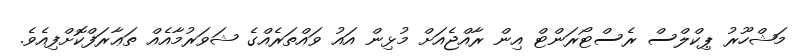
މަޝްހޫރު ޕިކްލްސް ރެސްޓޯރަންޓް އިން ރާއްޖެއަށް މުޅިން އައު ވައްތަރެއްގެ ޝަވަރުމާއެއް ތަޢާރަފްކޮށްފިއެވެ.